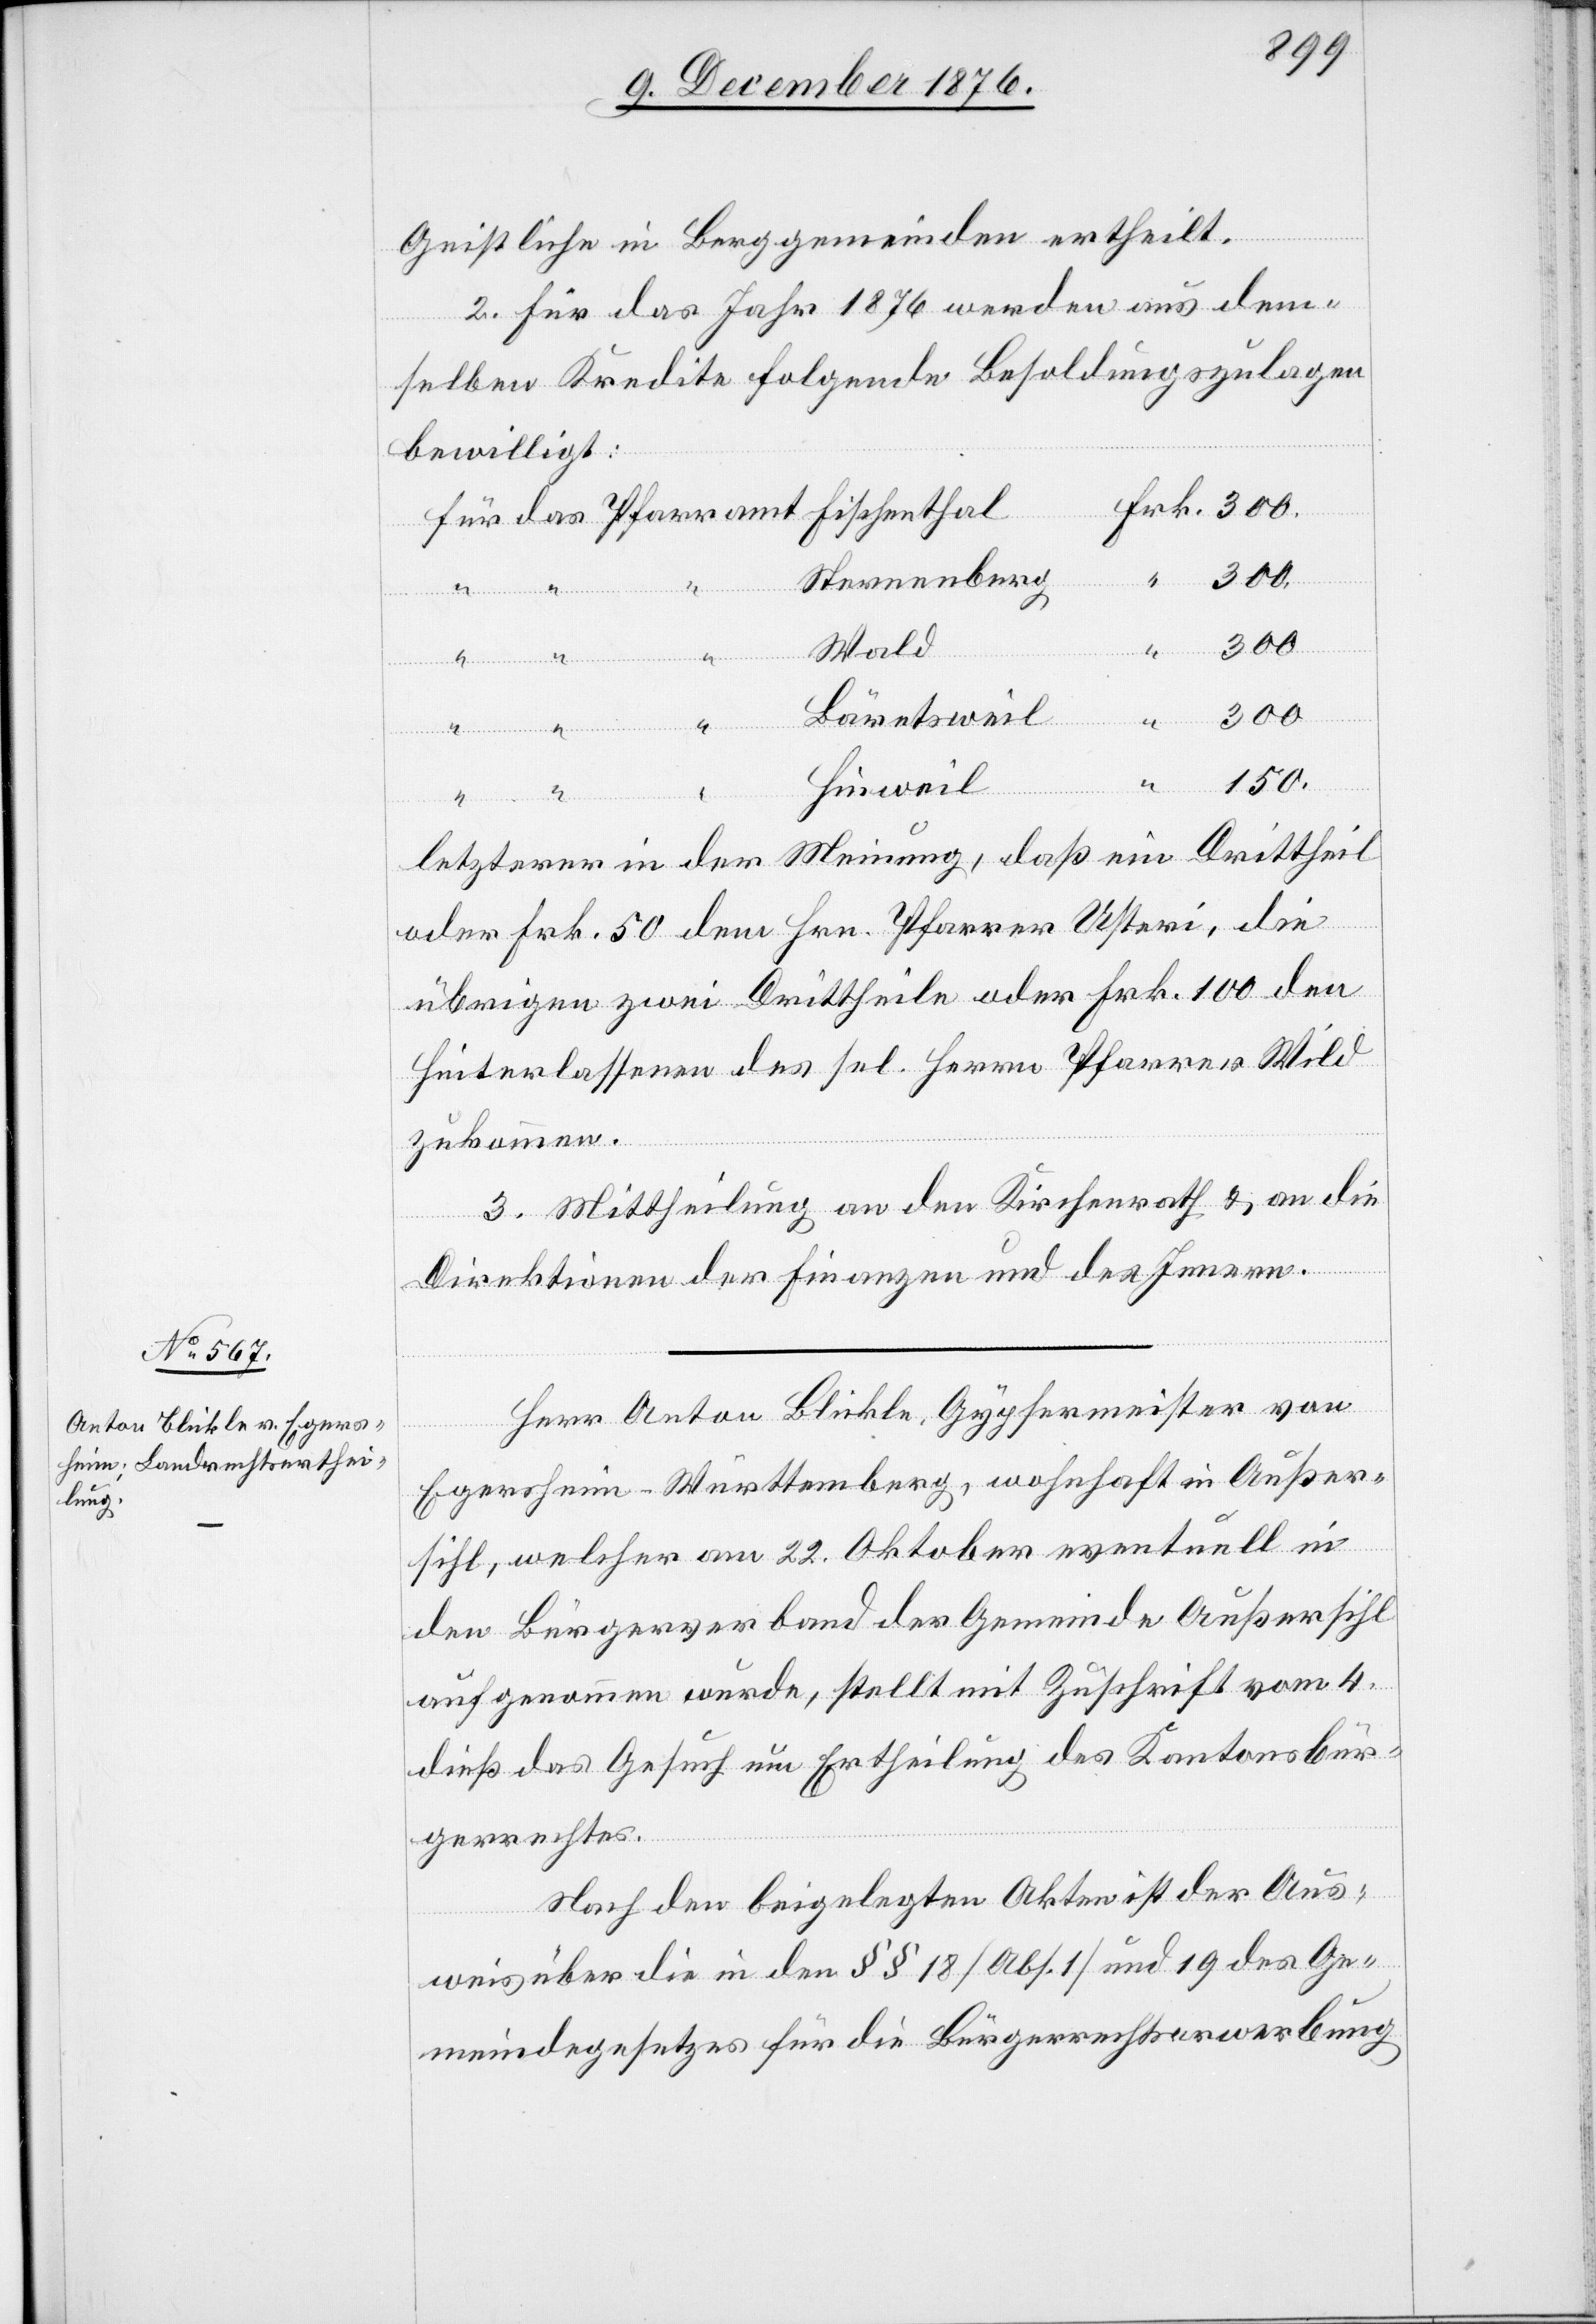
Geistliche in Berggemeinden ertheilt.
2. Für das Jahr 1876 werden aus dem¬
selben Kredite folgende Besoldungszulagen
“
bewilligt:
Fischent¬
300.
“
Sternenberg
“
300.
Wald
Bäretsweil
150.
Hinweil
hal
Frk.
letzterer in der Meinung, daß ein Drittheil
oder Frk. 50 dem Hrn. Pfarrer Usteri, die
übrigen zwei Drittheile oder Frk. 100 den
Hinterlassenen des sel. Herrn Pfarrer Wild
zukommen.
3. Mittheilung an den Kirchenrath & an die
Direktionen der Finanzen und des Innern.